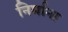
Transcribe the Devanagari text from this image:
निर्माना